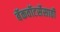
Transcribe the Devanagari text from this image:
बॅकवॉटर्सेसाठी